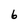
Character: 6